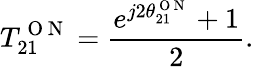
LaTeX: T_{21}^{\mathrm{~O~N~}}=\frac{e^{j2\theta_{21}^{\mathrm{~O~N~}}}+1}{2}.